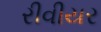
રીવીયર